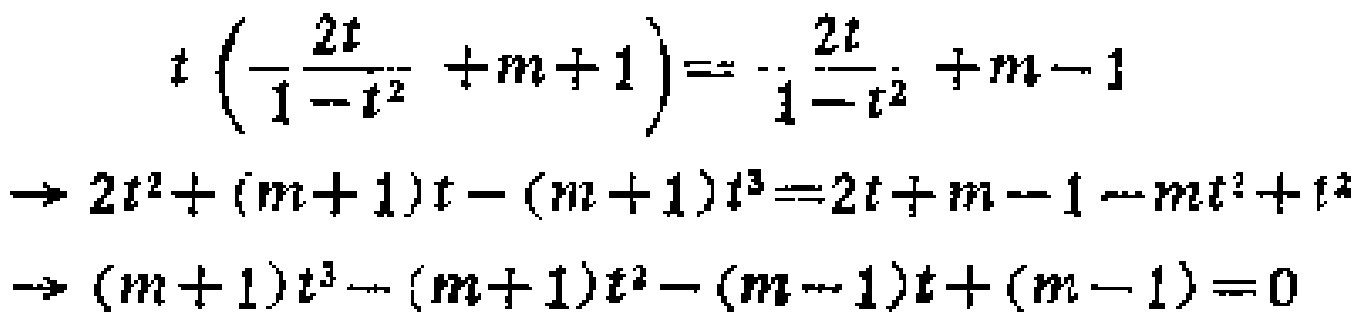
\[
\begin{align*}
t\left(\frac{2t}{1 - t^{2}}+m + 1\right)&=-\frac{2t}{1 - t^{2}}+m - 1\\
\Rightarrow 2t^{2}+(m + 1)t-(m + 1)t^{3}&=2t+m - 1-mt^{2}+t^{2}\\
\Rightarrow (m + 1)t^{3}-(m + 1)t^{2}-(m - 1)t+(m - 1)&=0
\end{align*}
\]